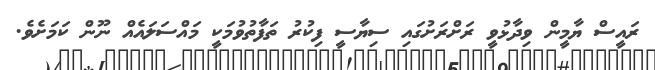
ރައީސް ޔާމީން ވިދާޅުވީ ރަށްރަށުގައި ސިޔާސީ ފިކުރު ތަފާތުވުމަކީ މައްސަލައެއް ނޫން ކަމަށެވެ.